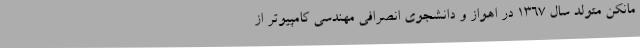
مانکن متولد سال ۱۳۶۷ در اهواز و دانشجوی انصرافی مهندسی کامپیوتر از